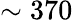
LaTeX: \sim 370